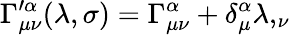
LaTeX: \Gamma_{\mu\nu}^{\prime\alpha}(\lambda,\sigma)=\Gamma_{\mu\nu}^{\alpha}+\delta_{\mu}^{\alpha}\lambda,_{\nu}